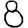
Digit: 8